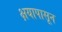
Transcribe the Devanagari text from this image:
क्षयापासून